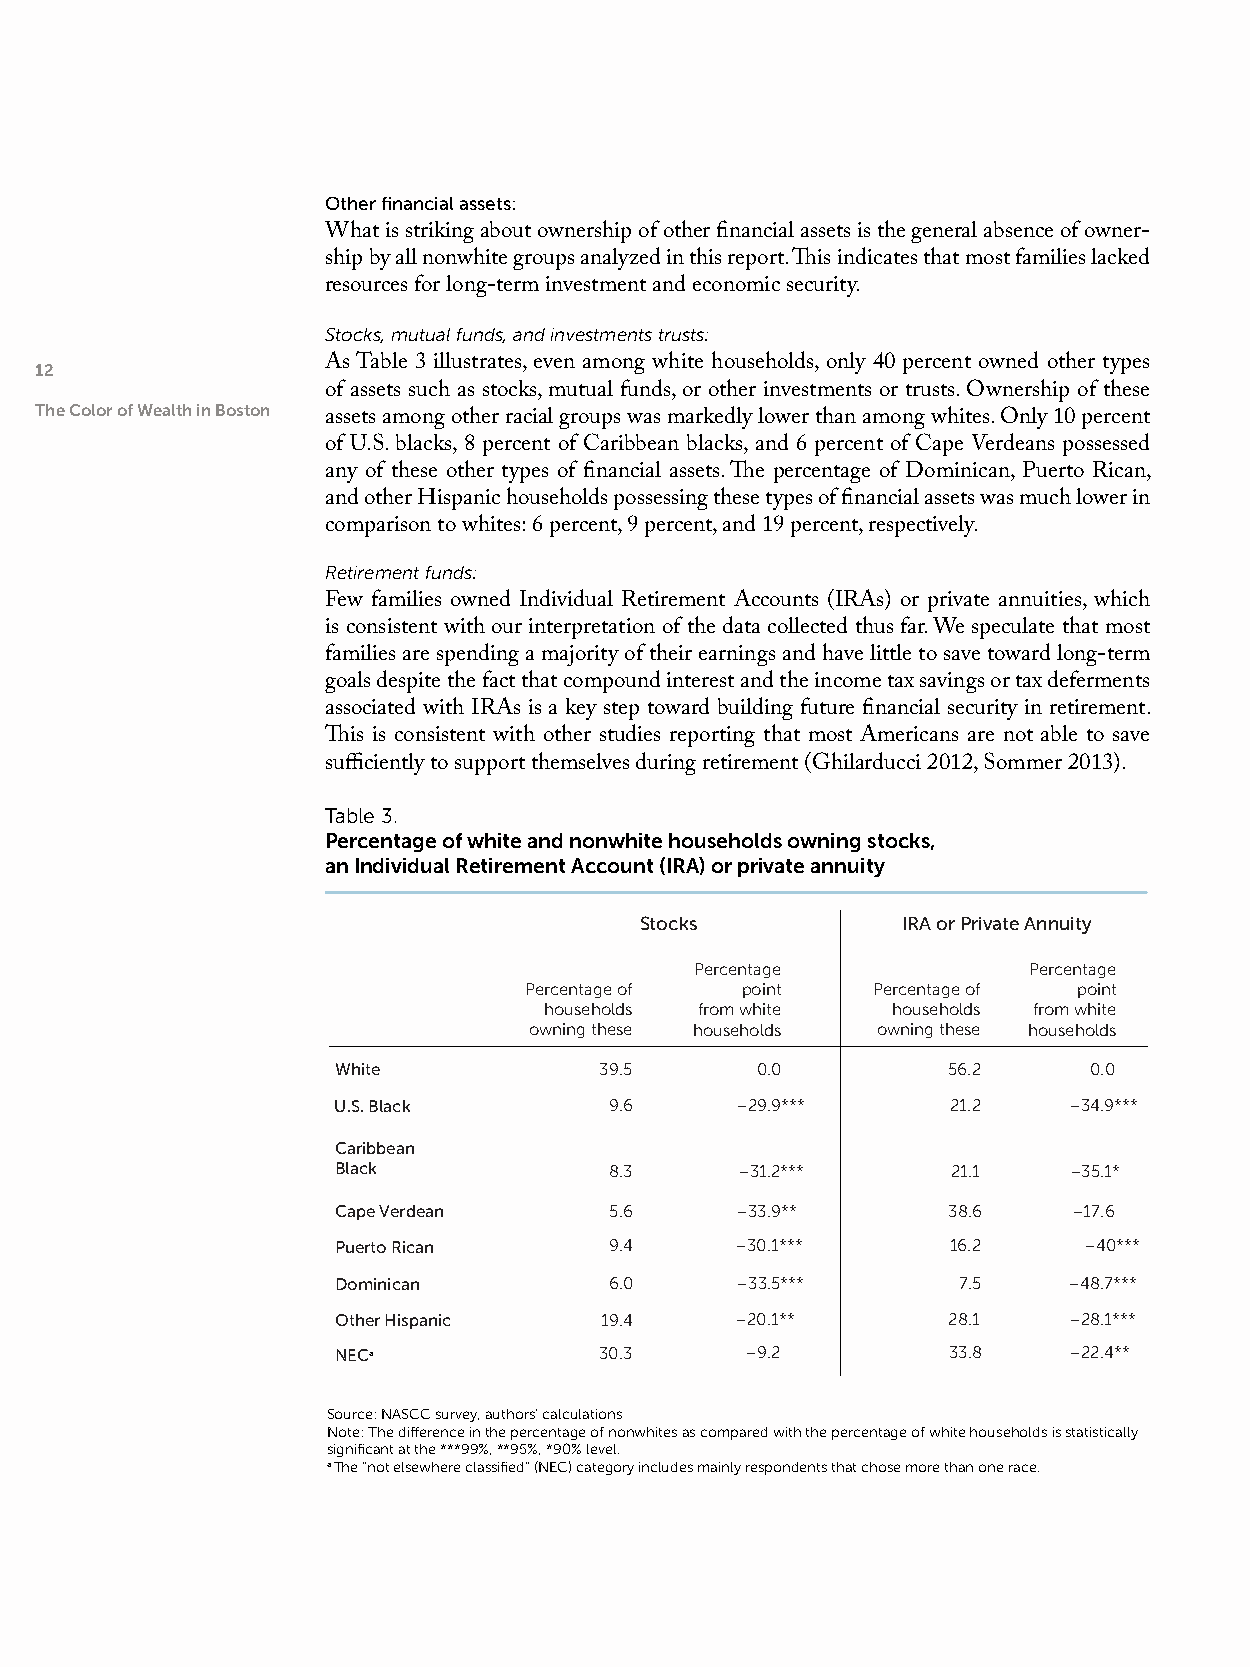
Other financial assets:
 What is striking about ownership of other financial assets is the general absence of owner-
 ship by all nonwhite groups analyzed in this report. This indicates that most families lacked
 resources for long-term investment and economic security.
 Stocks, mutual funds, and investments trusts:
 12                  As Table 3 illustrates, even among white households, only 40 percent owned other types
 of assets such as stocks, mutual funds, or other investments or trusts. Ownership of these
 The Color of Wealth in Boston
 assets among other racial groups was markedly lower than among whites. Only 10 percent
 of U.S. blacks, 8 percent of Caribbean blacks, and 6 percent of Cape Verdeans possessed
 any of these other types of financial assets. The percentage of Dominican, Puerto Rican,
 and other Hispanic households possessing these types of financial assets was much lower in
 comparison to whites: 6 percent, 9 percent, and 19 percent, respectively.
 Retirement funds:
 Few families owned Individual Retirement Accounts (IRAs) or private annuities, which
 is consistent with our interpretation of the data collected thus far. We speculate that most
 families are spending a majority of their earnings and have little to save toward long-term
 goals despite the fact that compound interest and the income tax savings or tax deferments
 associated with IRAs is a key step toward building future financial security in retirement.
 This is consistent with other studies reporting that most Americans are not able to save
 sufficiently to support themselves during retirement (Ghilarducci 2012, Sommer 2013).
 Table 3.
 Percentage of white and nonwhite households owning stocks,
 an Individual Retirement Account (IRA) or private annuity
 Stocks            IRA or Private Annuity
 Percentage            Percentage
 Percentage of point    Percentage of point
 households from white  households from white
 owning these households owning these households
 White             39.5      0.0          56.2     0.0
 U.S. Black        9.6      –29.9***      21.2    –34.9***
 Caribbean
 Black             8.3      –31.2***      21.1    –35.1*
 Cape Verdean      5.6      –33.9**       38.6    –17.6
 Puerto Rican      9.4      –30.1***      16.2     –40***
 Dominican         6.0      –33.5***      7.5     –48.7***
 Other Hispanic    19.4     –20.1**       28.1    –28.1***
 NECa              30.3     –9.2          33.8    –22.4**
 Source: NASCC survey, authors’ calculations
 Note: The difference in the percentage of nonwhites as compared with the percentage of white households is statistically
 significant at the ***99%, **95%, *90% level.
 a The “not elsewhere classified” (NEC) category includes mainly respondents that chose more than one race.